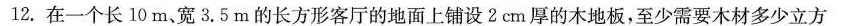
12.在一个长10m、宽3.5m的长方形客厅的地面上铺设2cm厚的木地板，至少需要木材多少立方